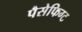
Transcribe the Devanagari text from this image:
पैसेफिग्ट